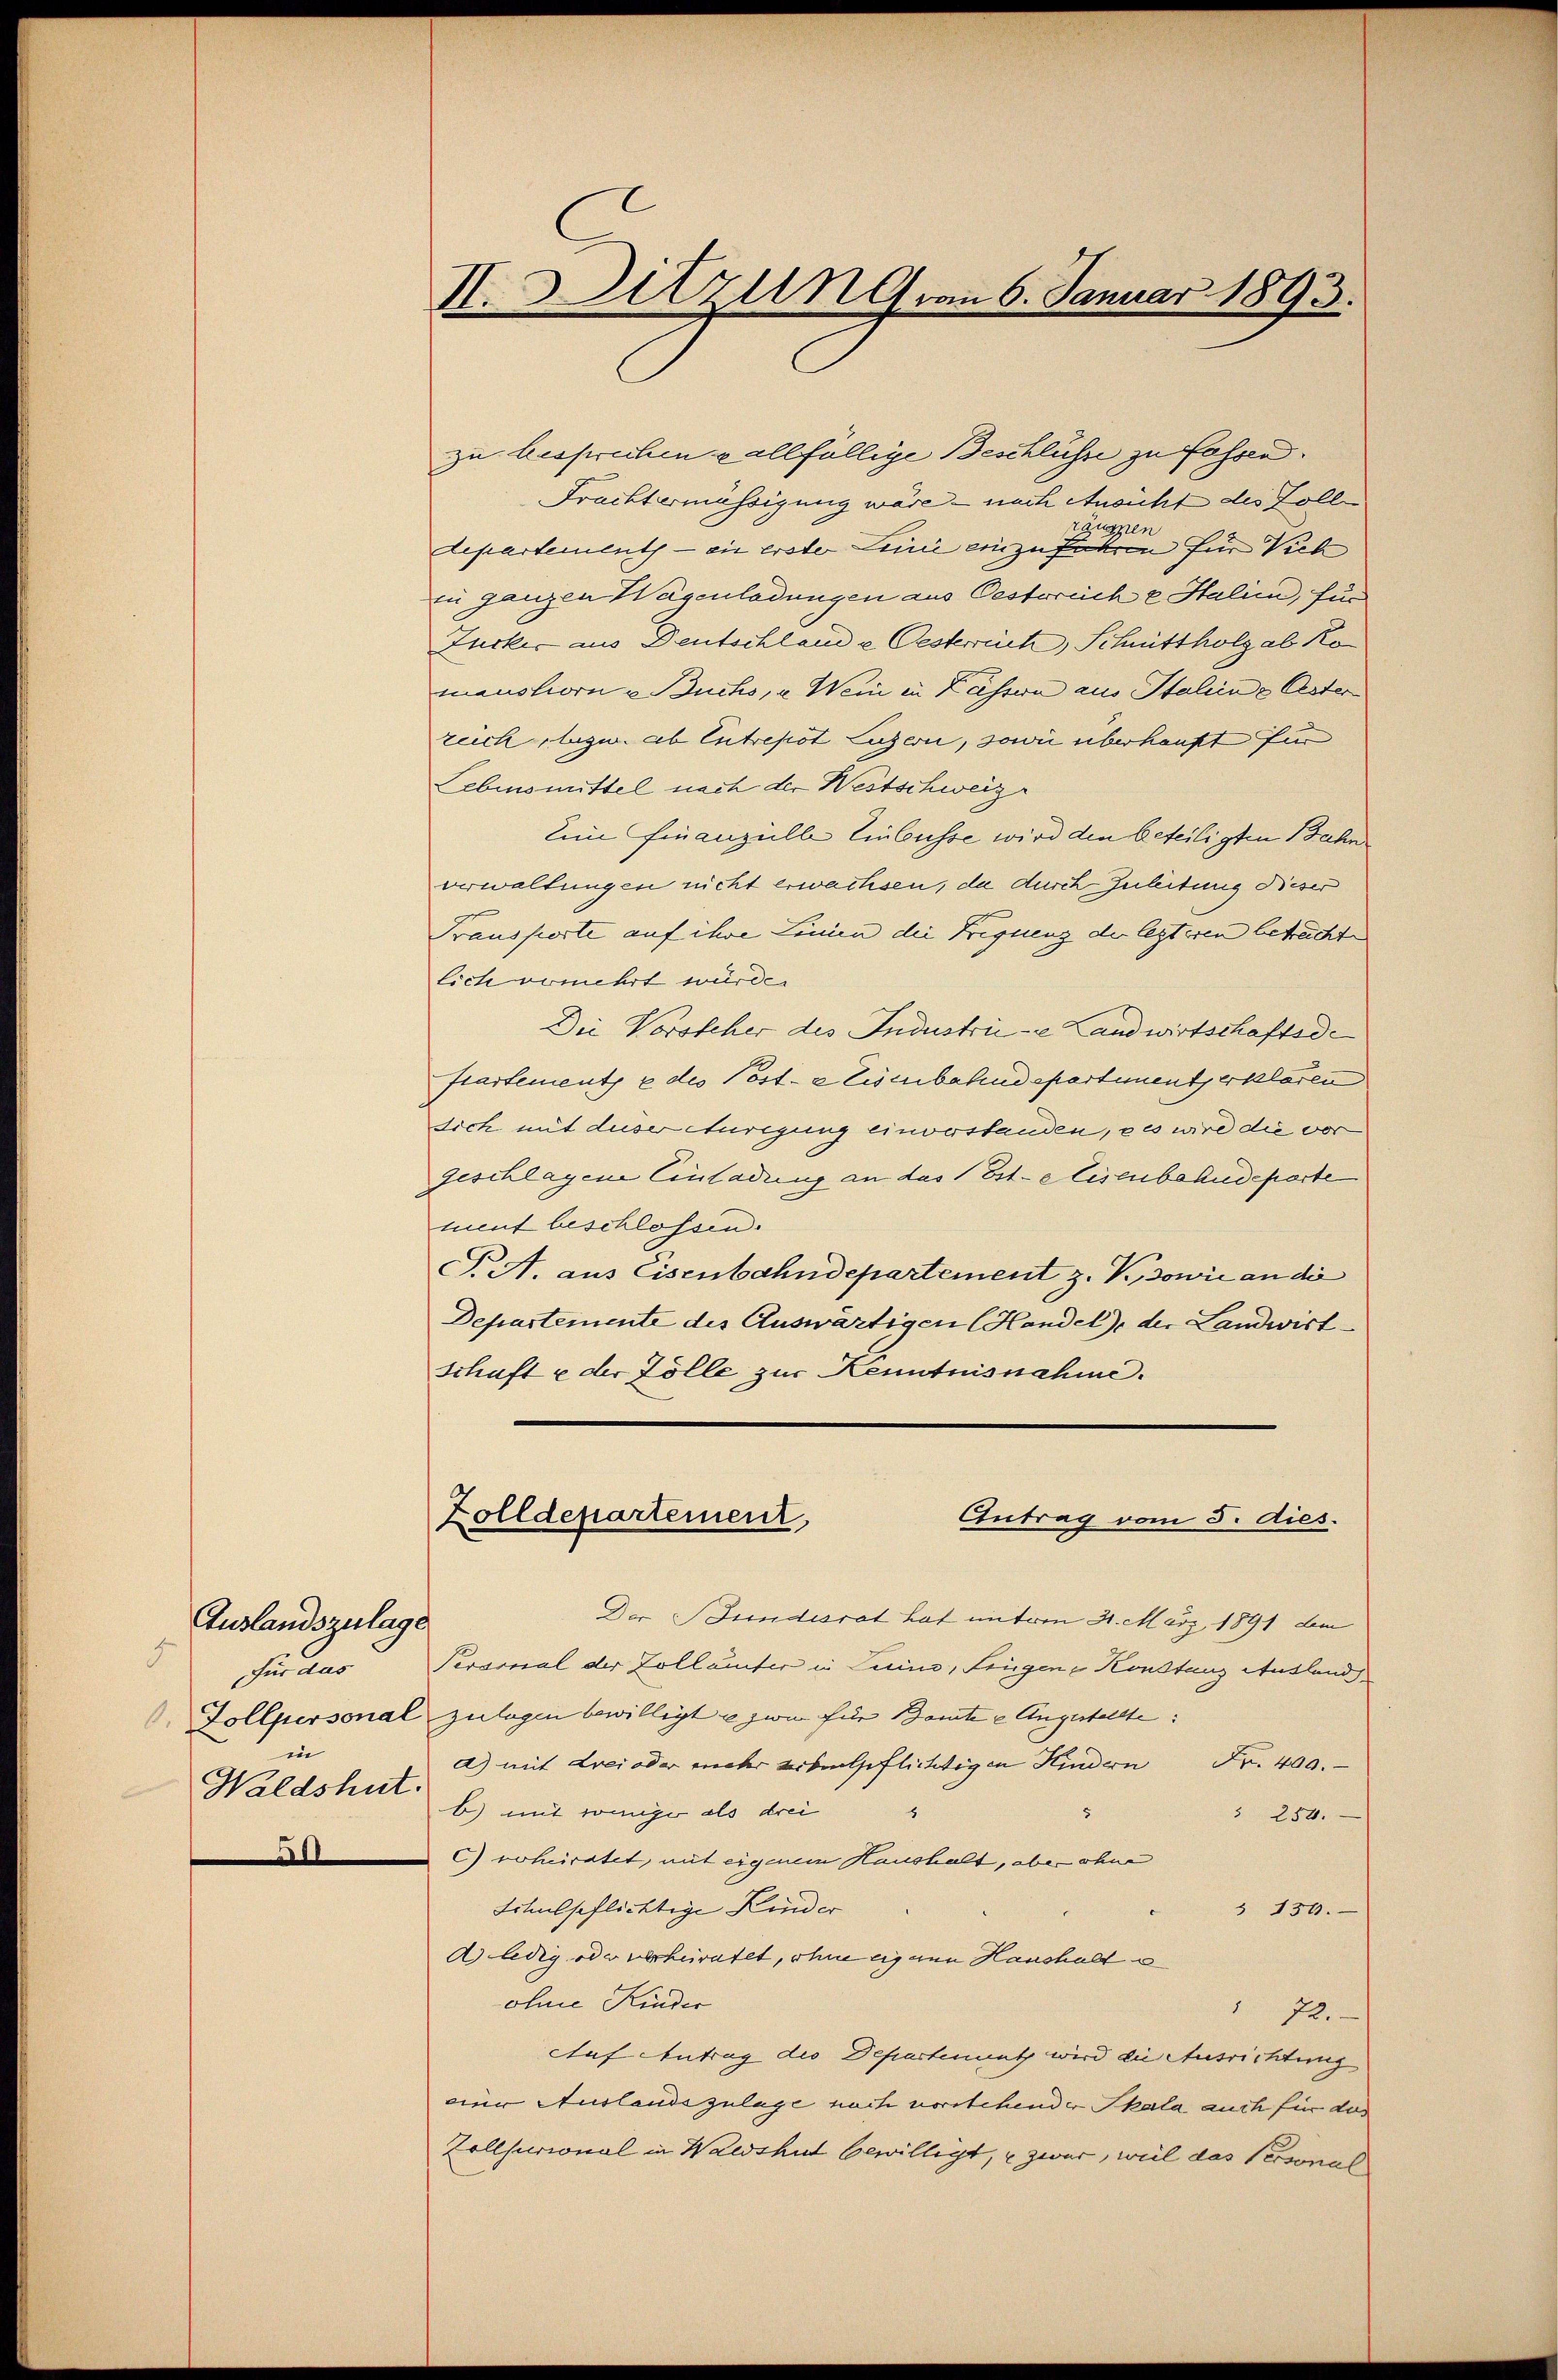
Auslandszulag.
für das
. Zollpersonal
in
Waldshut

I. Sitzun von 6. Januar 1893.

zu besprechen u allfällige Beschlüsse zu fasse.
Frachtermässigung wäre – nach Ansicht des Zolle
7
departements - ein erster Linie einzufügen für Vieh
zu ganzen Wagenladungen aus Oestreiche Halien, für
Zucker aus Deutschland e Oesterreich, Schmittholz ab Komanshorn u. Buchs, u. Wein in Kassern aus Italiene Oster
zeich bezw. ab Entrepot Luzern, sowie überhaupt für
Lebensmittel nach der Westschweize
Eine Finanzielle Einbusse wird den beteiligten Bahn
verwaltungen nicht erwachsen, da durch Zuleitung dieser
Transporte auf ihre Linien die Bequenz der lezteren betracht
lich vomehrt würde.
Die Vorsteher des Industrie Landwirtschaftsde
ftartementz 2 des Poste Eisenbahndepartementserklären
sich mit dieser Auregung einverstanden, es wird die vor
geschlagene Einladung an das Est-eisenbahndeparte
ment beschlossen.
F. A. aus Eisenbahndepartement z. V., sowie an die
Departemente des Auswärtigen Handel), der Landwirt
Schaft u der Zölle zur Kenntnisnahme.
Zolldepartement,
Antrag vom 5. dies.
Der Bundesrat hat unterm 31. März 1891 dem
.
Peramal der Zollämter in Lein, frügen Konstanz Ausland
zulagen bewilligt u zwei für Baute u Angestellte:
a) mit drei oder mehr erbelpflichtigen Kindern Fr. 400.
b) mit weniger als drei
5
" 250.
c roheiratet, mit eigenem Haushalt, aber ohne
Schulpflichtige Kinder
§ 130.
A) ledig oder verheiratet, ohne eignen Haushalt
ohne Kinder
 72.
Auf Antrag die Departennet wird die Ausrichtung
einer Auslandszulage nach vorstehender Skala auch für das
Collsurional in Waldshut bewilligt, u zwar, weil das Personal